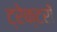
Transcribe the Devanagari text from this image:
ट्रेक्टरों